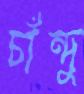
চাঁন্দু